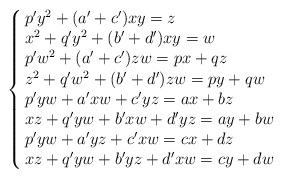
LaTeX: \begin{align*}\left\{\begin{array}{@{\,}lll}p'y^2+(a'+c')xy=z\\x^2+q'y^2+(b'+d')xy=w\\p'w^2+(a'+c')zw=px+qz\\z^2+q'w^2+(b'+d')zw=py+qw\\p'yw+a'xw+c'yz=ax+bz\\xz+q'yw+b'xw+d'yz=ay+bw\\p'yw+a'yz+c'xw=cx+dz\\xz+q'yw+b'yz+d'xw=cy+dw\end{array} \right. \end{align*}